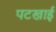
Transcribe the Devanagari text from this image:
पटखाई